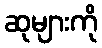
ဆုများကို